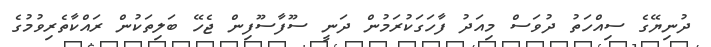
ދުނިޔޭގެ ސިއްހަތު ދުވަސް މިއަދު ފާހަގަކުރަމުން ދަނީ ސޫފާސޫފިން ޖެހޭ ބަލިތަކުން ރައްކާތެރިވުމުގެ